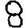
Digit: 8